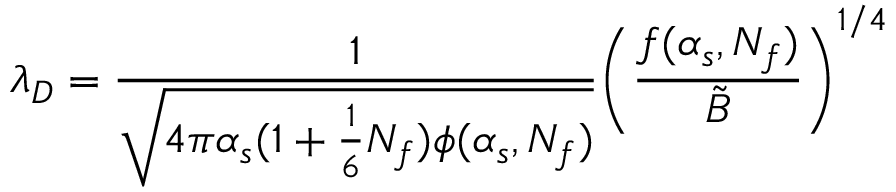
\lambda _ { D } = { \frac { 1 } { \sqrt { 4 \pi \alpha _ { s } ( 1 + { \frac { 1 } { 6 } } N _ { f } ) \phi ( \alpha _ { s } , N _ { f } ) } } } \Biggl ( { \frac { f ( \alpha _ { s } , N _ { f } ) } { \tilde { B } } } \Biggr ) ^ { 1 / 4 }